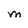
Character: M